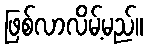
ဖြစ်လာလိမ့်မည်။